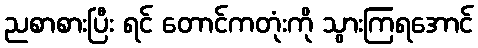
ညစာစားပြီး ရင် တောင်ကတုံးကို သွားကြရအောင်